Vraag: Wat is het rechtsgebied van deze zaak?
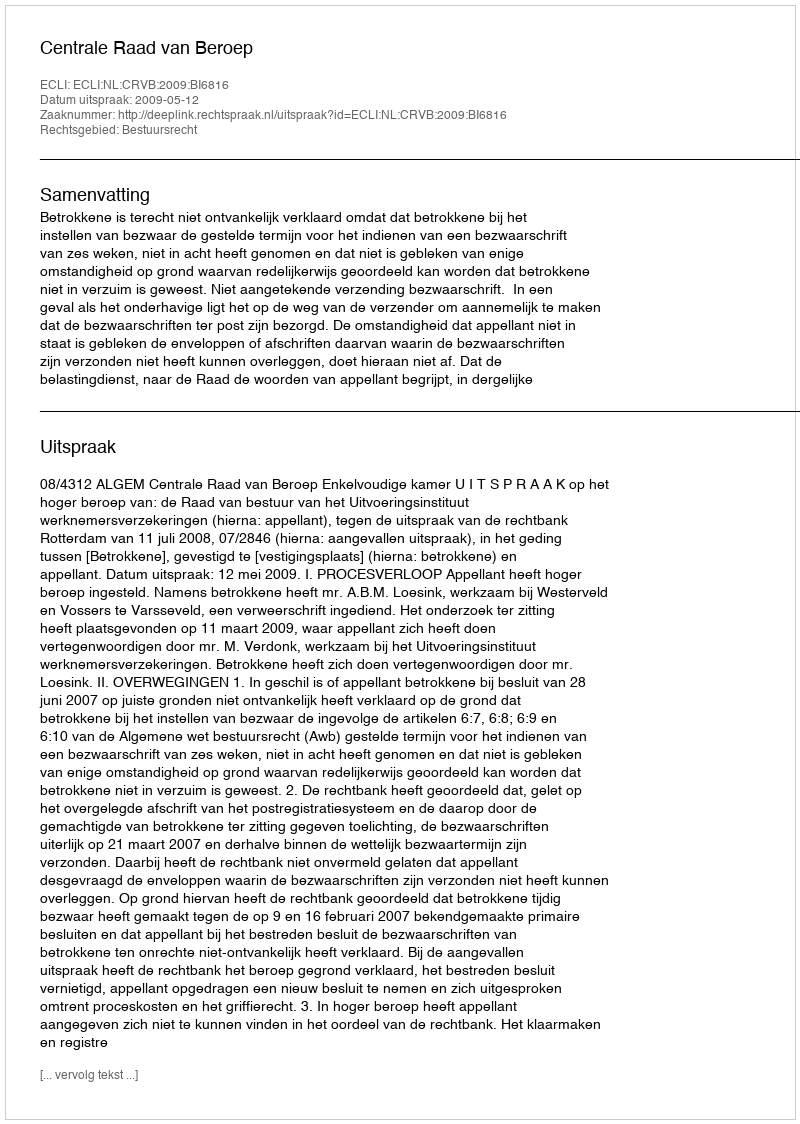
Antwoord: Bestuursrecht